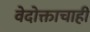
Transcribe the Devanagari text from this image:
वेदोक्ताचाही